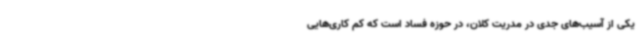
یکی از آسیب‌های جدی در مدریت کلان، در حوزه فساد است که کم کاری‌هایی